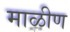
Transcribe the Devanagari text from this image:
माळीण